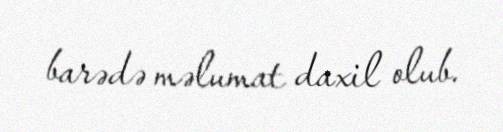
barədə məlumat daxil olub.